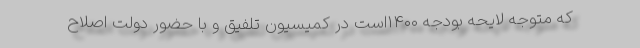
که متوجه لایحه بودجه ۱۴۰۰است در کمیسیون تلفیق و با حضور دولت اصلاح